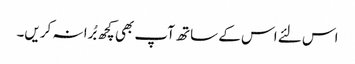
اس لئے اس کے ساتھ آپ بھی کچھ بُرا نہ کریں۔